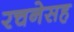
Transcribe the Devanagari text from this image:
रचनेसह